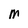
Character: M